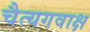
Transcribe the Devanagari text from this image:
चैत्यगवाक्ष